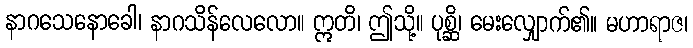
နာဂသေနောခေါ၊ နာဂသိန်လေလော။ ဣတိ၊ ဤသို့။ ပုစ္ဆိ၊ မေးလျှောက်၏။ မဟာရာဇ၊